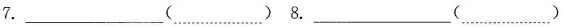
7.___ ( ) 8.___ ( )